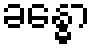
ခန္ဓော